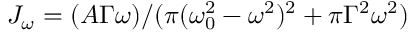
J _ { \omega } = ( A \Gamma \omega ) / ( \pi ( \omega _ { 0 } ^ { 2 } - \omega ^ { 2 } ) ^ { 2 } + \pi \Gamma ^ { 2 } \omega ^ { 2 } )